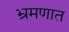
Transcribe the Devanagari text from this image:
भ्रमणात